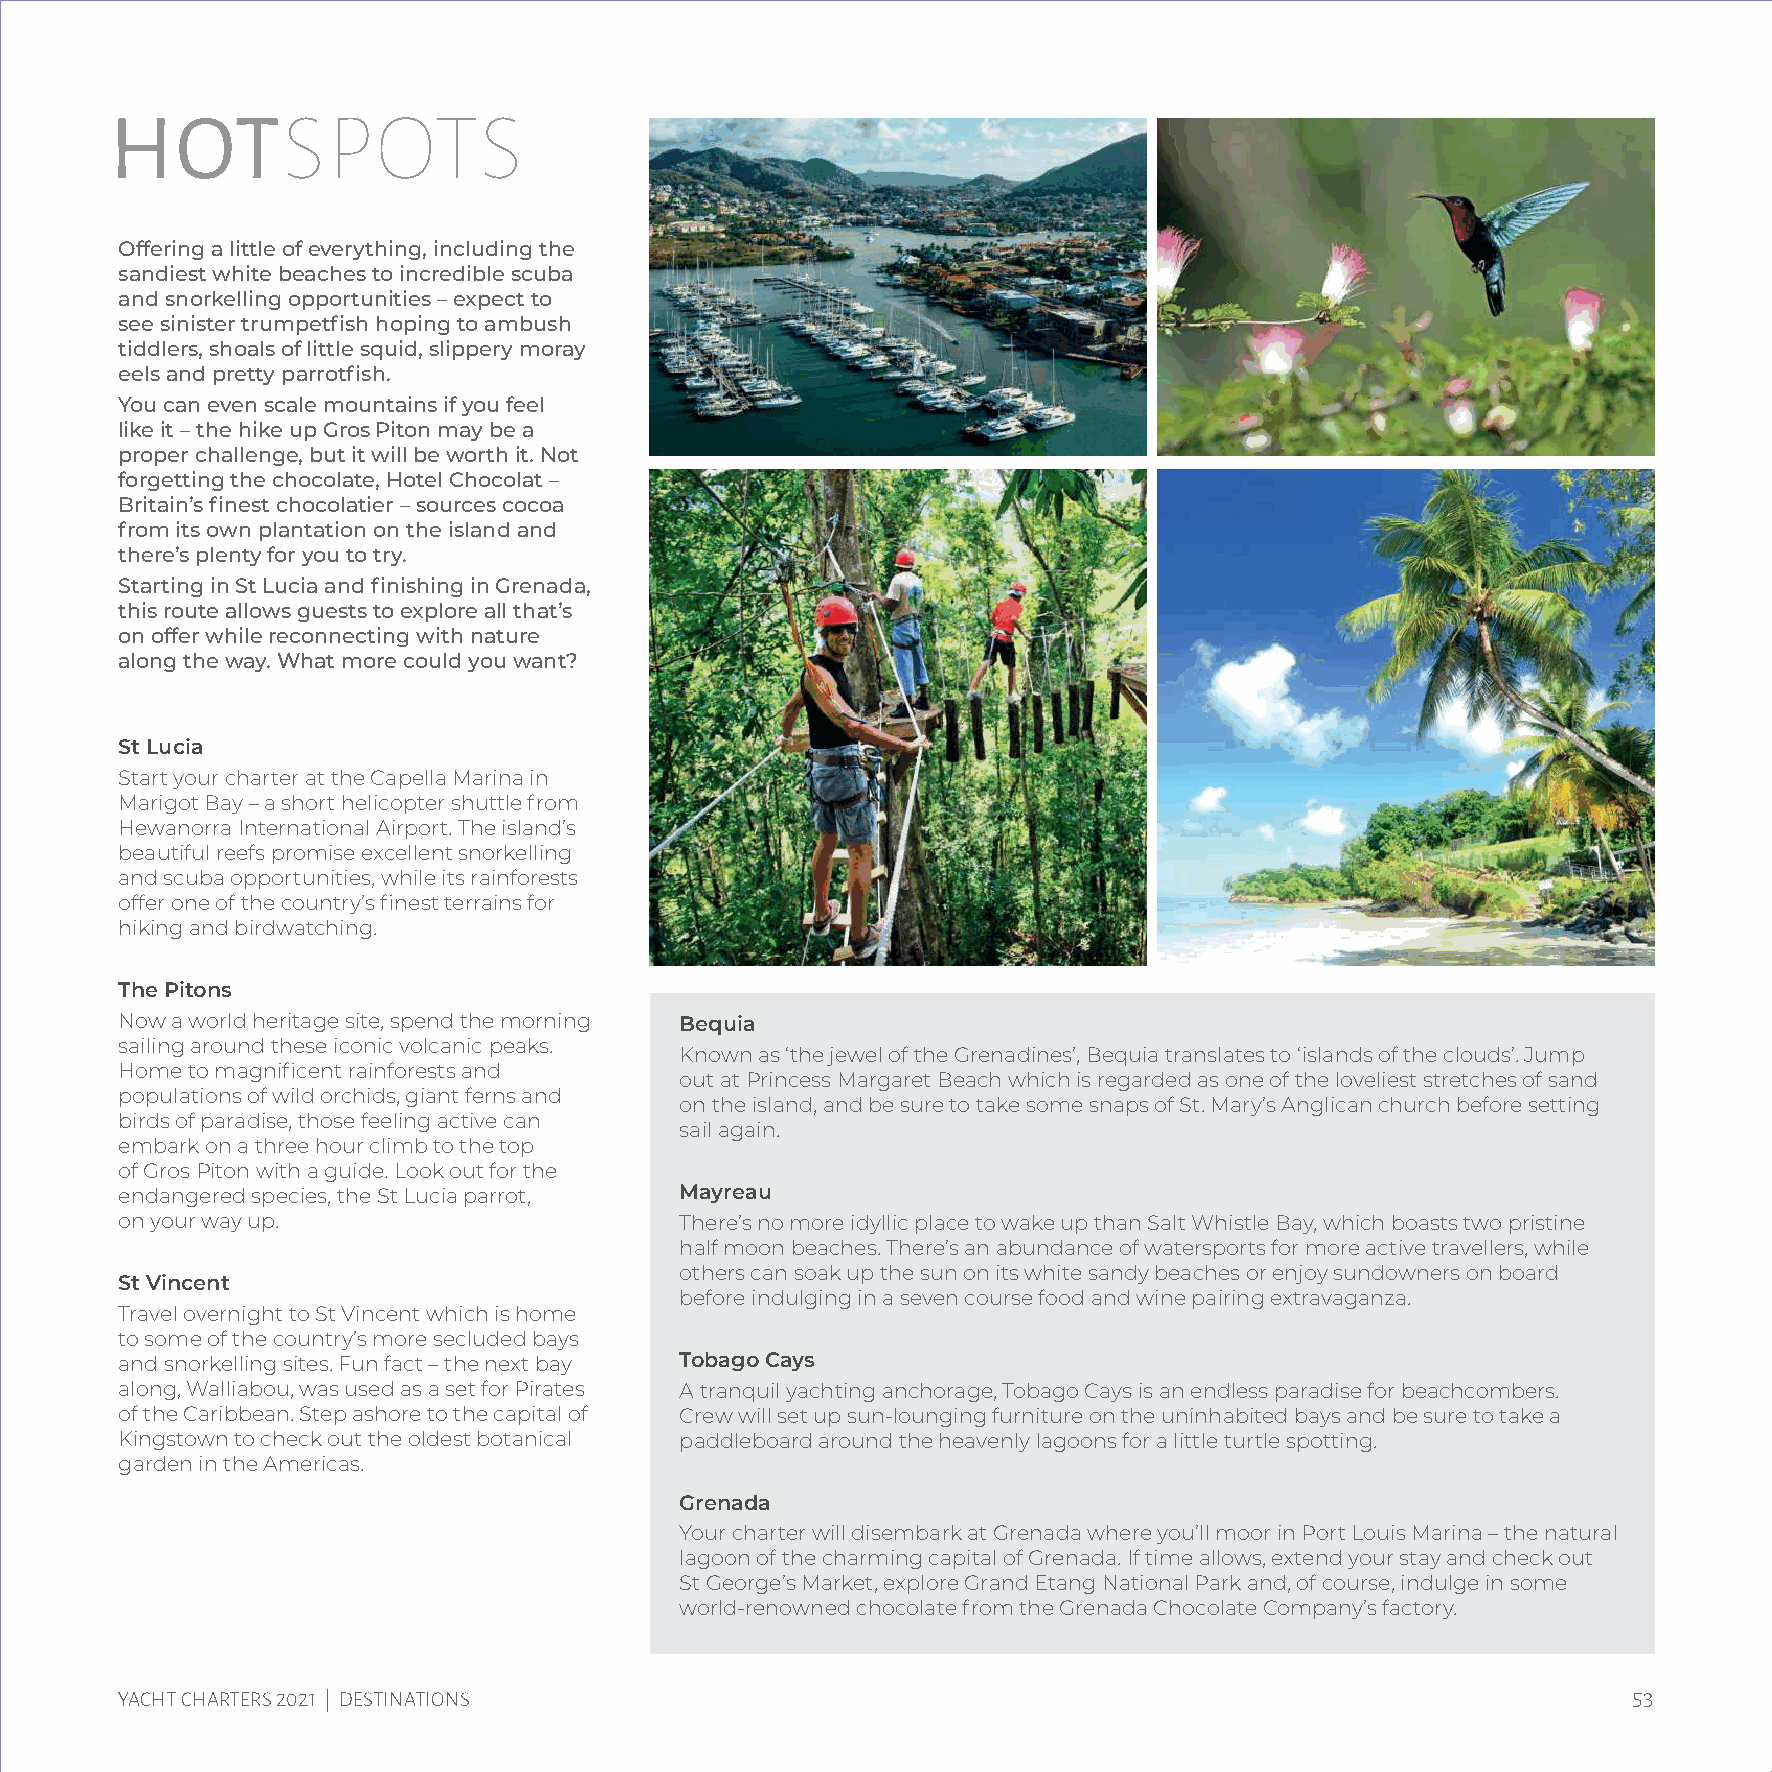
HOTSPOTS
 Offering a little of everything, including the
 sandiest white beaches to incredible scuba
 and snorkelling opportunities – expect to
 see sinister trumpetfish hoping to ambush
 tiddlers, shoals of little squid, slippery moray
 eels and pretty parrotfish.
 You can even scale mountains if you feel
 like it – the hike up Gros Piton may be a
 proper challenge, but it will be worth it. Not
 forgetting the chocolate, Hotel Chocolat –
 Britain’s finest chocolatier – sources cocoa
 from its own plantation on the island and
 there’s plenty for you to try.
 Starting in St Lucia and finishing in Grenada,
 this route allows guests to explore all that’s
 on offer while reconnecting with nature
 along the way. What more could you want?
 St Lucia
 Start your charter at the Capella Marina in
 Marigot Bay – a short helicopter shuttle from
 Hewanorra International Airport. The island’s
 beautiful reefs promise excellent snorkelling
 and scuba opportunities, while its rainforests
 offer one of the country’s finest terrains for
 hiking and birdwatching.
 The Pitons
 Now a world heritage site, spend the morning Bequia
 sailing around these iconic volcanic peaks.
 Known as ‘the jewel of the Grenadines’, Bequia translates to ‘islands of the clouds’. Jump
 Home to magnificent rainforests and
 out at Princess Margaret Beach which is regarded as one of the loveliest stretches of sand
 populations of wild orchids, giant ferns and
 on the island, and be sure to take some snaps of St. Mary’s Anglican church before setting
 birds of paradise, those feeling active can
 sail again.
 embark on a three hour climb to the top
 of Gros Piton with a guide. Look out for the
 endangered species, the St Lucia parrot, Mayreau
 on your way up.                      There’s no more idyllic place to wake up than Salt Whistle Bay, which boasts two pristine
 half moon beaches. There’s an abundance of watersports for more active travellers, while
 others can soak up the sun on its white sandy beaches or enjoy sundowners on board
 St Vincent
 before indulging in a seven course food and wine pairing extravaganza.
 Travel overnight to St Vincent which is home
 to some of the country’s more secluded bays
 and snorkelling sites. Fun fact – the next bay Tobago Cays
 along, Walliabou, was used as a set for Pirates A tranquil yachting anchorage, Tobago Cays is an endless paradise for beachcombers.
 of the Caribbean. Step ashore to the capital of Crew will set up sun-lounging furniture on the uninhabited bays and be sure to take a
 Kingstown to check out the oldest botanical paddleboard around the heavenly lagoons for a little turtle spotting.
 garden in the Americas.
 Grenada
 Your charter will disembark at Grenada where you’ll moor in Port Louis Marina – the natural
 lagoon of the charming capital of Grenada. If time allows, extend your stay and check out
 St George’s Market, explore Grand Etang National Park and, of course, indulge in some
 world-renowned chocolate from the Grenada Chocolate Company’s factory.
 53
 YACHT CHARTERS 2021 | DESTINATIONS